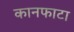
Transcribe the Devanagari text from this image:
कानफाटा